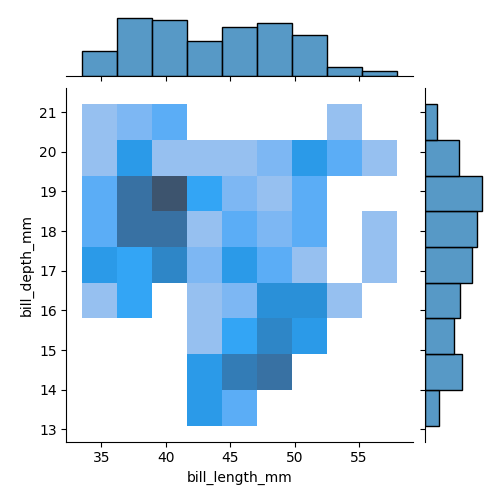
python, seaborn, jointplot, kind='hist', height='5', ratio='5', marginal_ticks='False'